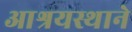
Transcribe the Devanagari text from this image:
आश्रयस्थाने